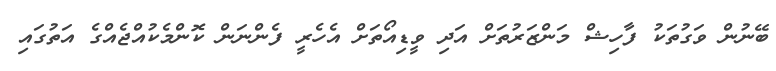
ބޭނުން ވަގުތަކު ފާހިޝް މަންޒަރުތަށް އަދި ވީޑިއޯތަށް އެހެރީ ފެންނަން ކޮންމެކުއްޖެއްގެ އަތުގައި